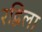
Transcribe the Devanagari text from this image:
रद्विला